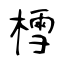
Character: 樰